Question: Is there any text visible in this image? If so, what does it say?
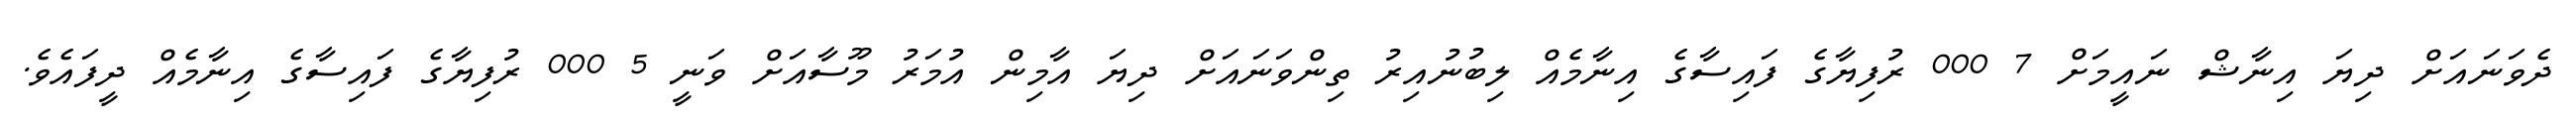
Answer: ދެވަނައަށް ދިޔަ އިނާޝް ނައީމަށް 7 000 ރުފިޔާގެ ފައިސާގެ އިނާމެއް ލިބުނުއިރު ތިންވަނައަށް ދިޔަ އާމިން އުމަރު މޫސާއަށް ވަނީ 5 000 ރުފިޔާގެ ފައިސާގެ އިނާމެއް ދީފައެވެ.